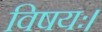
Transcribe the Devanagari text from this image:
विषयः।